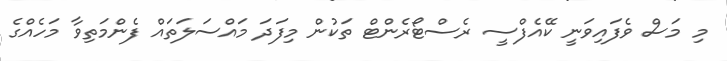
މި މަސް ވެފައިވަނީ ކޭއެފްސީ ރެސްޓޯރެންޓް ތަކުން މިފަދަ މައްސަލަތައް ފެންމަތިވާ މަހެއްގެ